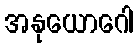
အနုယောဂေါ